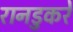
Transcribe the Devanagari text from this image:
रानडुकरें